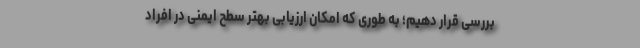
بررسی قرار دهیم؛ به طوری که امکان ارزیابی بهتر سطح ایمنی در افراد